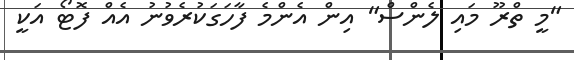
"މީ ތްރޫ މައި ލެންސް" އިން އެންމެ ފާހަގަކުރެވުނު އެއް ފޮޓޯ އަކީ